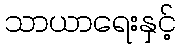
သာယာရေးနှင့်